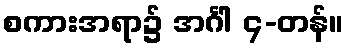
စကားအရာ၌ အင်္ဂါ ၄-တန်။